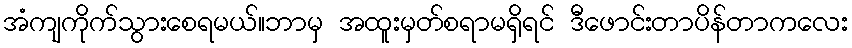
အံကျကိုက်သွားစေရမယ်။ဘာမှ အထူးမှတ်စရာမရှိရင် ဒီဖောင်းတာပိန်တာကလေး